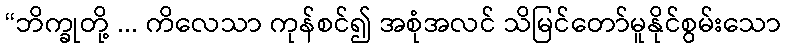
“ဘိက္ခုတို့ ... ကိလေသာ ကုန်စင်၍ အစုံအလင် သိမြင်တော်မူနိုင်စွမ်းသော